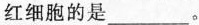
红细胞的是___。